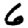
Digit: 6